[Report on the health of British troops in the Madras command]
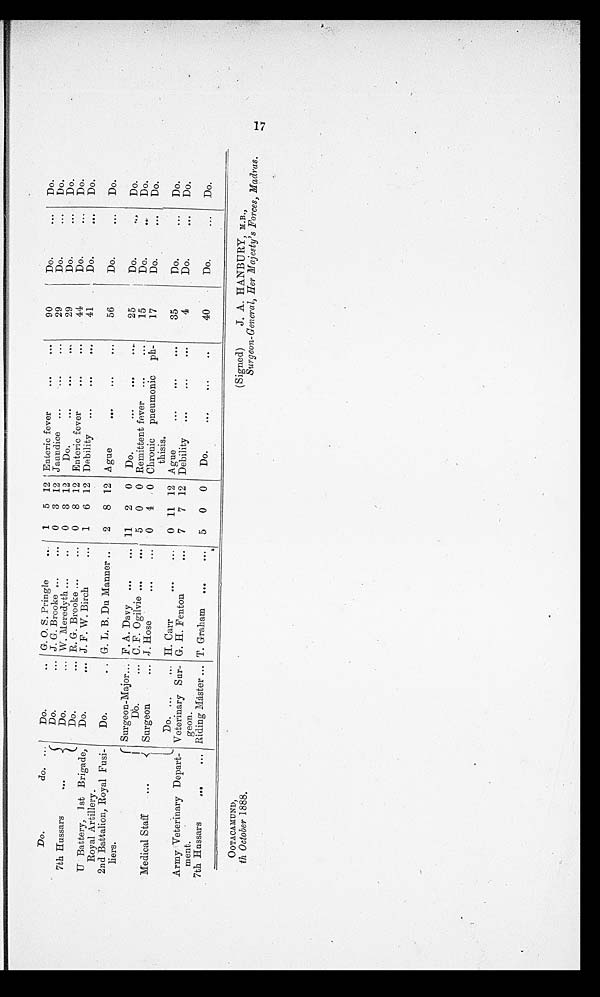
OOTACAMUND,
th October 1888.
(Signed)
J. A. HANBURY, M.B.
Surgeon-General, Her Majesty's Forces, Madras.
Do.
do.
Do.
G. O. S. Pringle
1
5 12 Enteric fever
90
Do.
Do.
7th Hussars
Do.
J. G. Brooke
0
3 12 Jaundice
29
Do.
Do.
Do.
W. Meredyth
0
3 12
Do.
29
Do.
Do.
Do.
R. G. Brooke
0
8 12 Enteric fever
44
Do.
Do.
U Battery, 1st Brigade,
Royal Artillery.
Do.
J. F. W. Birch
1
6 12 Debility
41
Do.
Do.
2nd Battalion, Royal Fusi-
liers.
Do.
G. L. B. Du Manner
2
8 12 Ague
56
Do.
Do.
Medical Staff
Surgeon-Major
F. A. Davy
11
2
0
Do.
25
Do.
Do.
Do.
C. F. Ogilvie
5
0
0 Remittent fever
15
Do.
Do.
Surgeon
J. Hose
0
4
0 Chronic pneumonic ph-
thisis.
17
Do.
Do.
Do.
H. Carr
0 11 12 Ague
35
Do.
Do.
Army Veterinary Depart-
ment.
Veterinary Sur-
geon.
G. H. Fenton
7
7 12 Debility
4
Do.
Do.
7th Hussars
Riding Master
T. Graham
5
0
0
Do.
40
Do.
Do.